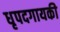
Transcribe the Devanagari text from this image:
धृपदगायकी